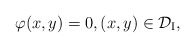
\begin{align*}\varphi(x,y)=0, (x,y)\in\mathcal{D}_\mathrm{I},\end{align*}